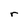
Character: r